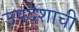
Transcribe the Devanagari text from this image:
उपदेशाची